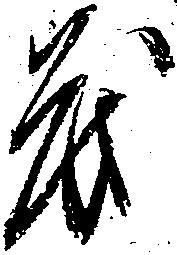
も